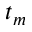
t _ { m }